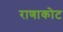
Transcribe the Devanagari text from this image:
राणाकोट